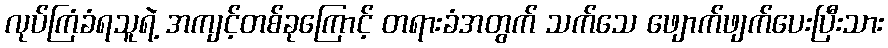
လုပ်ကြံခံရသူရဲ့ အကျင့်တစ်ခုကြောင့် တရားခံအတွက် သက်သေ ဖျောက်ဖျက်ပေးပြီးသား